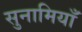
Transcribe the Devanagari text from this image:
सुनामियाँ